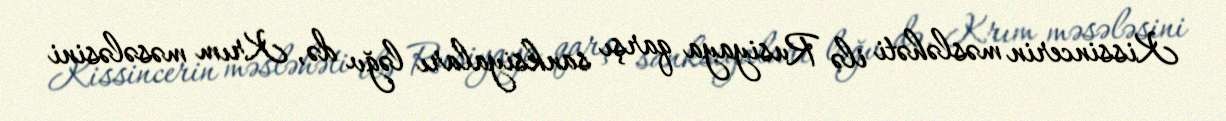
Kissincerin məsləhəti ilə Rusiyaya qarşı sanksiyaları ləğv də, Krım məsələsini